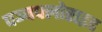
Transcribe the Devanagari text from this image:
पञ्चफ्लोराइड